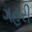
ગહરી